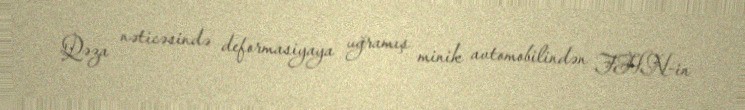
Qəza nəticəsində deformasiyaya uğramış minik avtomobilindən FHN-in